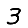
Digit: 3